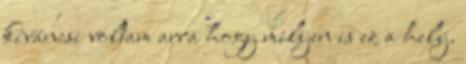
kíváncsi voltam arra hogy milyen is ez a hely.